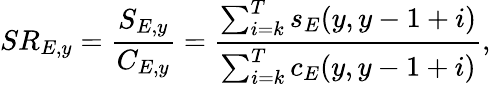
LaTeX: SR_{E,y}=\frac{S_{E,y}}{C_{E,y}}=\frac{\sum_{i=k}^{T}s_{E}(y,y-1+i)}{\sum_{i=k}^{T}c_{E}(y,y-1+i)},